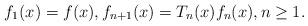
LaTeX: \begin{align*} f_1(x)=f(x), f_{n+1}(x)=T_n(x)f_n(x),n\geq 1.\end{align*}